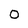
Character: 0